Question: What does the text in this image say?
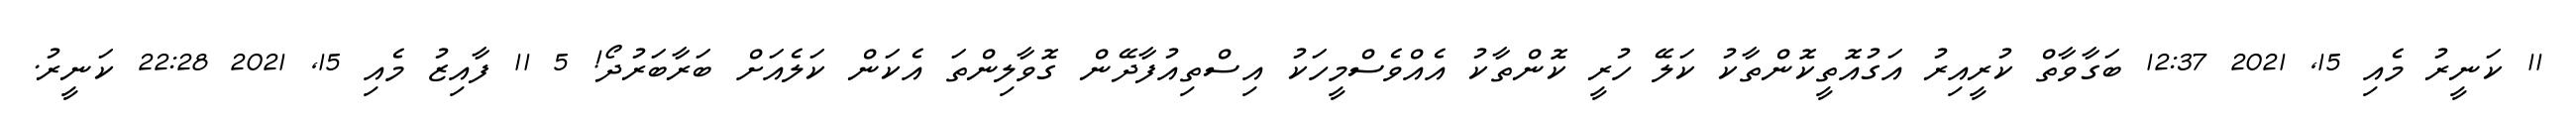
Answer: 11 ކަނީރު މެއި 15, 2021 12:37 ބަގާވާތް ކުރީއިރު އަގުއޮތީކޮންތާކު ކަލޭ ހުރީ ކޮންތާކު އެއްވެސްމީހަކު އިސްތިއުފާދޭން ގޮވާލިންތަ އެކަން ކަލެއަށް ބަރާބަރުދޯ! 5 11 ފާއިޒު މެއި 15, 2021 22:28 ކަނީރު.